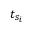
t _ { s _ { i } }